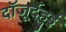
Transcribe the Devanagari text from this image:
दॉजूर्द्हुई